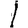
Digit: 1